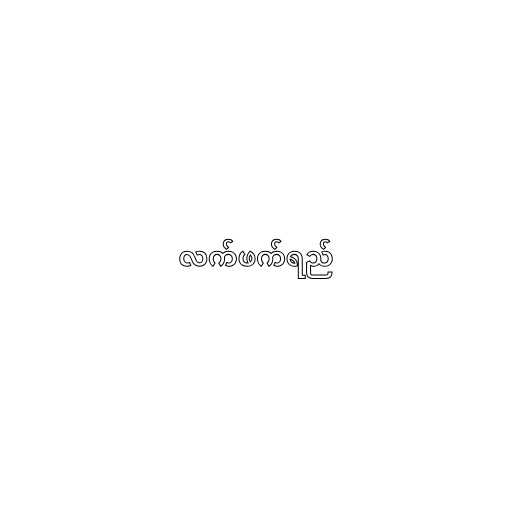
လက်ဖက်ရည်